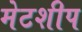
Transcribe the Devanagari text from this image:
मेटशीप